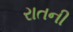
રાતની